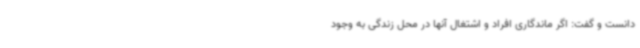
دانست و گفت: اگر ماندگاری افراد و اشتغال آنها در محل زندگی به وجود